Indian journal of veterinary science and animal husbandry - Volumes 26-27, 1956-1957
Year: 1956
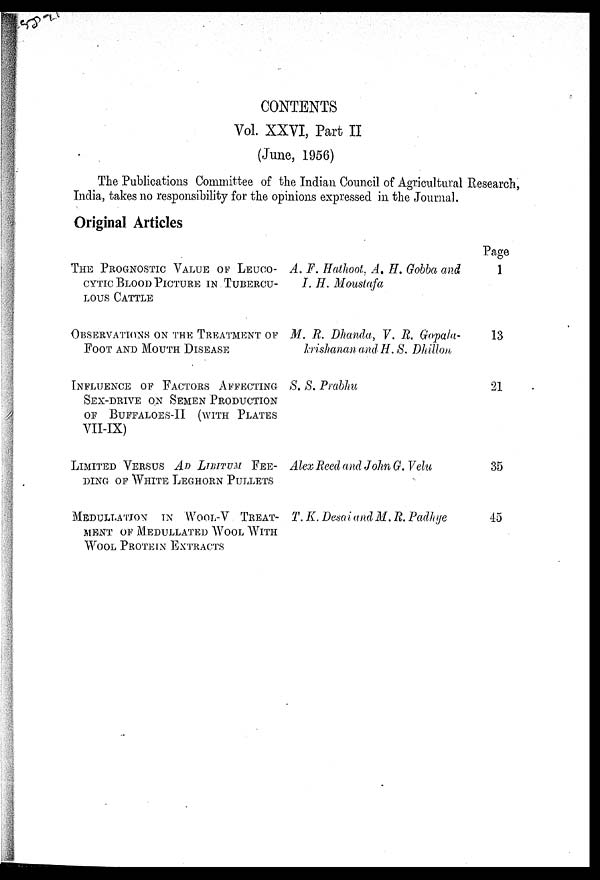
CONTENTS
Vol. XXVI, Part II
(June, 1956)
The Publications Committee of the Indian Council of Agricultural Research,
India, takes no responsibility for the opinions expressed in the Journal.
Original Articles
THE PROGNOSTIC VALUE OF LEUCO-
CYTIC BLOOD PICTURE IN TUBERCU-
LOUS CATTLE
OBSERVATIONS ON THE TREATMENT OF
FOOT AND MOUTH DISEASE
INFLUENCE OF FACTORS AFFECTING
SEX-DRIVE ON SEMEN PRODUCTION
OF BUFFALOES-II (WITH PLATES
VII-IX)
LIMITED VERSUS AD LIBITUM
FEE-
DING OF WHITE LEGHORN PULLETS
MEDULLATION
IN
WOOL-V
TREAT-
MENT OF MEDULLATED WOOL WITH
WOOL PROTETN EXTRACTS
A. F. Hathoot, A. H. Gobba and
I. H. Moustafa
M. R. Dhanda, V. R. Gopala-
krishanan and H. S. Dhillon
S. S. Prabhu
Alex Reed and John G. Velu
T. K. Desai and M. R. Padhye
Page
1
13
21
35
45